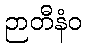
ဉာတီနံဝ